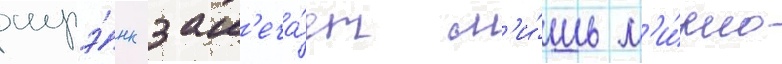
шрэ́нк зам'еча́ет л'и́шь м'и́рно